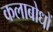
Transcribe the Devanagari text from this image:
कलाबोधों